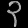
Digit: ၃